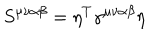
LaTeX: S ^ { \mu \nu \alpha \beta } = \eta ^ { T } \gamma ^ { \mu \nu \alpha \beta } \eta